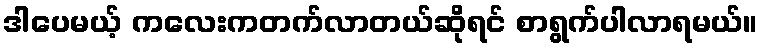
ဒါပေမယ့် ကလေးကတက်လာတယ်ဆိုရင် စာရွက်ပါလာရမယ်။